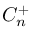
{ \cal C } _ { n } ^ { + }